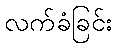
လက်ခံခြင်း